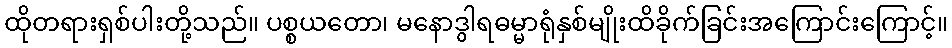
ထိုတရားရှစ်ပါးတို့သည်။ ပစ္စယတော၊ မနောဒွါရဓမ္မာရုံနှစ်မျိုးထိခိုက်ခြင်းအကြောင်းကြောင့်။